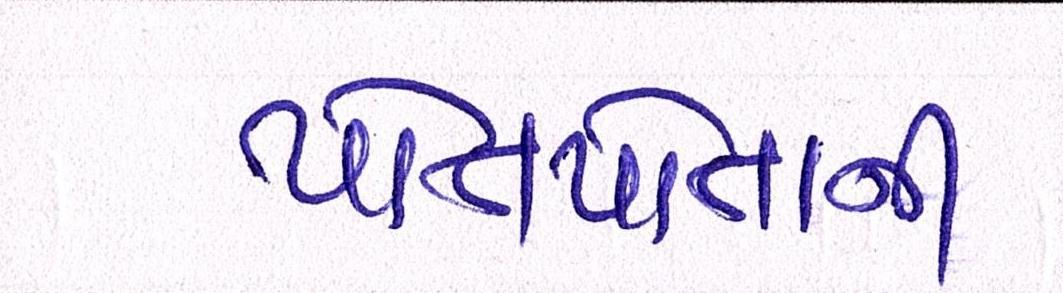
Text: પોતપોતાની